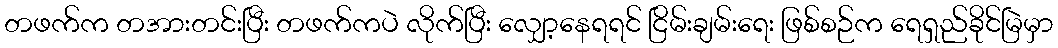
တဖက်က တအားတင်းပြီး တဖက်ကပဲ လိုက်ပြီး လျှော့နေရရင် ငြိမ်းချမ်းရေး ဖြစ်စဉ်က ရေရှည်ခိုင်မြဲမှာ